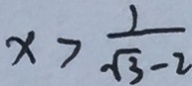
x > \frac { 1 } { \sqrt { 3 } - 2 }